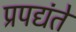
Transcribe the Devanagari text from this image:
प्रपद्यंते